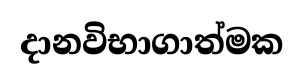
දානවිභාගාත්මක